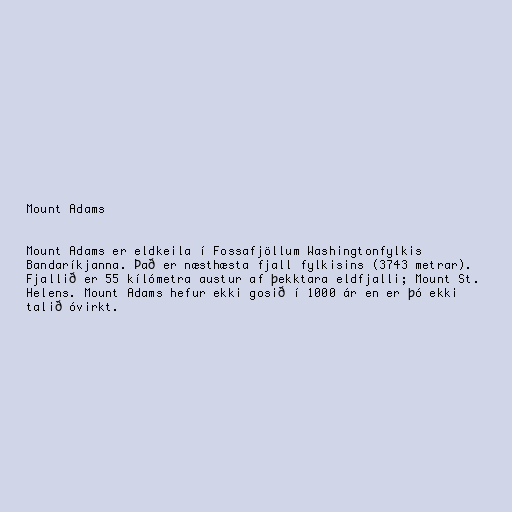
Mount Adams

Mount Adams er eldkeila í Fossafjöllum Washingtonfylkis
Bandaríkjanna. Það er næsthæsta fjall fylkisins (3743 metrar).
Fjallið er 55 kílómetra austur af þekktara eldfjalli; Mount St.
Helens. Mount Adams hefur ekki gosið í 1000 ár en er þó ekki
talið óvirkt.